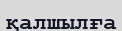
қалшылға